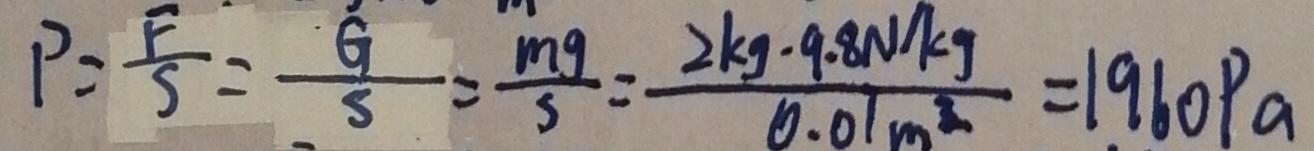
P = \frac { F } { S } = \frac { G } { S } = \frac { m g } { s } = \frac { 2 k g \cdot 9 . 8 N / k g } { 0 . 0 1 m ^ { 3 } } = 1 9 6 0 P a